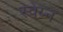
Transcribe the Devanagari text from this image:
स्वेय्न